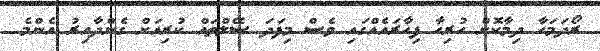
ރޯދަމަހާ ދިމާކޮށް ހުރިހާ ފިހާރައެއްގައި ވެސް މިފަދަ ސޭލްތައް ކުރިއަށް ގެންދާއިރު އެންމެ